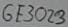
Text: GE3073